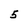
Character: 5